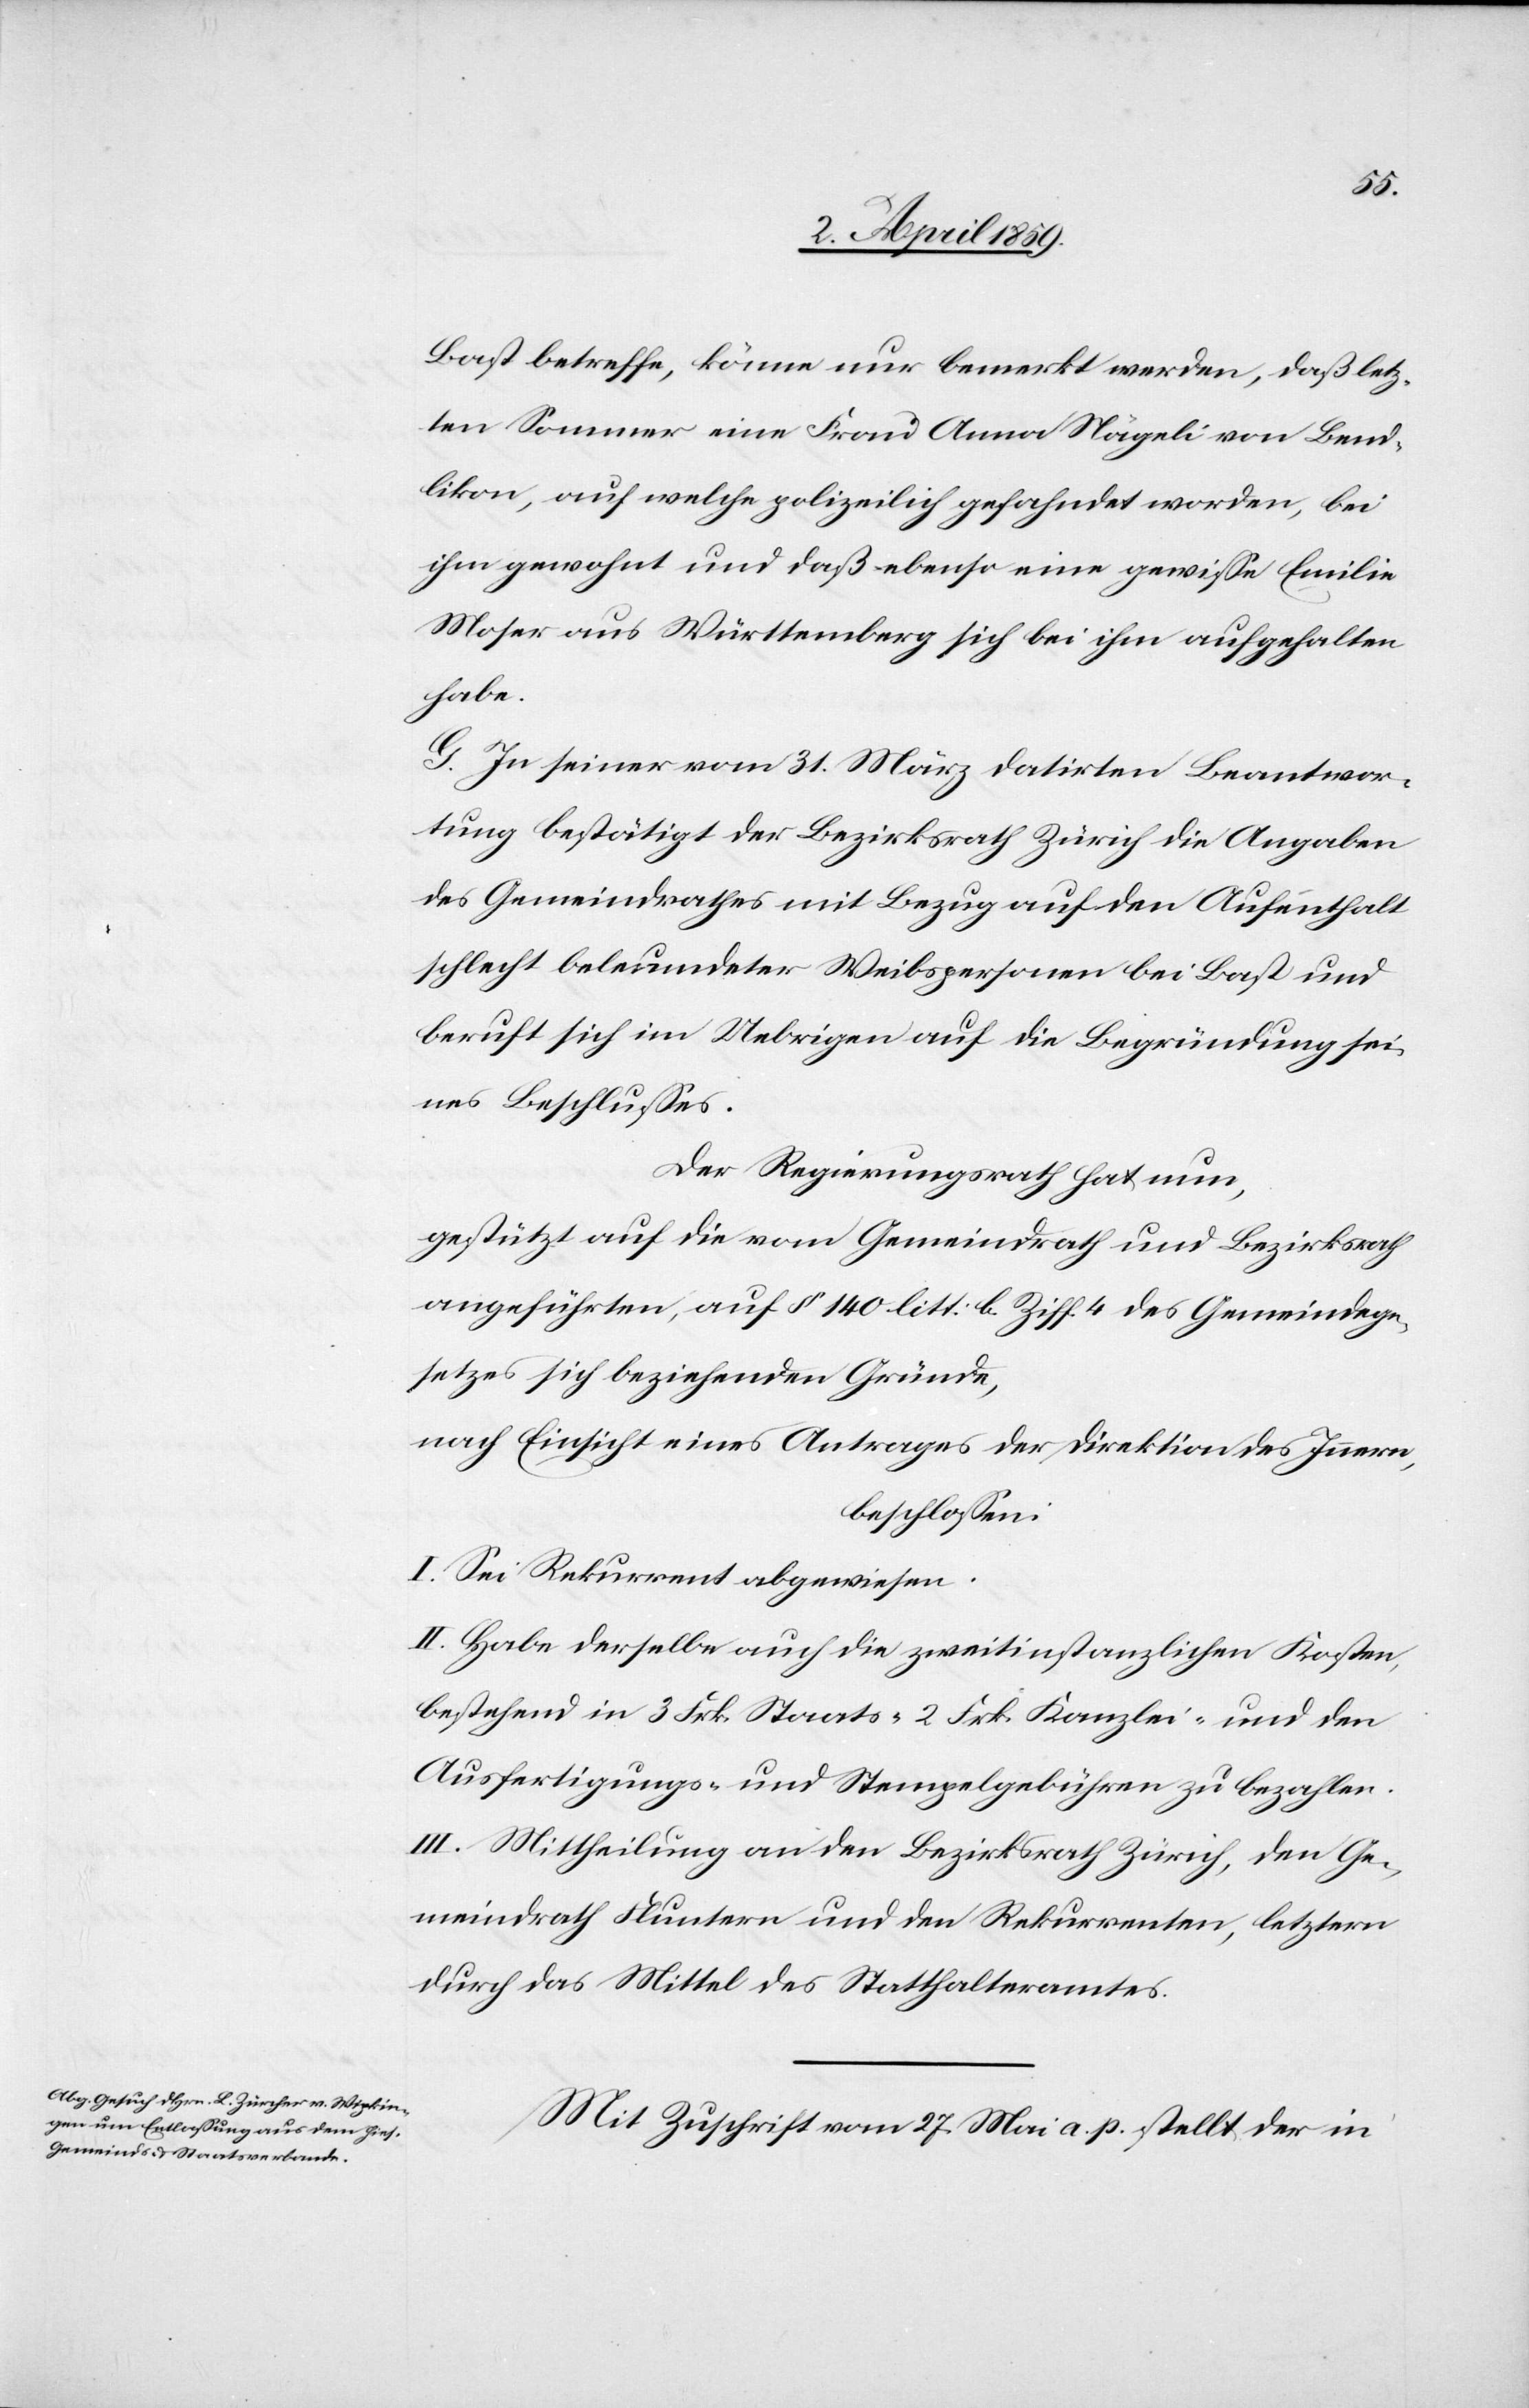
Bast betreffe, könne nur bemerkt werden, daß letz¬
ten Sommer eine Frau Anna Nägeli von Bend¬
likon, auf welche polizeilich gefahndet worden, bei
ihm gewohnt und daß ebenso eine gewiße Emilie
Moser aus Württemberg sich bei ihm aufgehalten
habe.
G. In seiner vom 31. März datirten Beantwor¬
tung bestätigt der Bezirksrath Zürich die Angaben
des Gemeindrathes mit Bezug auf den Aufenthalt
schlecht beleumdeter Weibspersonen bei Bast und
beruft sich im Uebrigen auf die Begründung sei¬
nes Beschlußes.
Der Regierungsrath hat nun,
gestützt auf die vom Gemeindrath und Bezirksrath
angeführten, auf § 140 litt. b. Ziff. 4 des Gemeindege¬
setzes sich beziehenden Gründe,
nach Einsicht eines Antrages der Direktion des Innern,
beschloßen:
I. Sei Rekurrent abgewiesen.
II. Habe derselbe auch die zweitinstanzlichen Kosten,
bestehend in 3 Frk. Staats-[,] 2 Frk. Kanzlei- und den
Ausfertigungs- und Stempelgebühren zu bezahlen.
III. Mittheilung an den Bezirksrath Zürich, den Ge¬
meindrath Fluntern und den Rekurrenten, letztern
durch das Mittel des Statthalteramtes.
Mit Zuschrift vom 27. Mai a. p. stellt der in